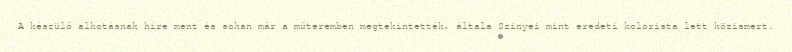
A készülő alkotásnak híre ment és sokan már a műteremben megtekintették, általa Szinyei mint eredeti kolorista lett közismert.